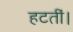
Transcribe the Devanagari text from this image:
हटतीं।